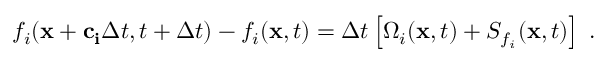
f _ { i } ( \mathbf { x } + \mathbf { c _ { i } } \Delta t , t + \Delta t ) - f _ { i } ( \mathbf { x } , t ) = \Delta t \left[ \Omega _ { i } ( \mathbf { x } , t ) + S _ { f _ { i } } ( \mathbf { x } , t ) \right] \; .